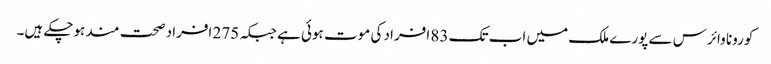
کورونا وائرس سے پورے ملک میں اب تک 83 افراد کی موت ہوئی ہے جبکہ 275 افراد صحت مند ہوچکے ہیں۔